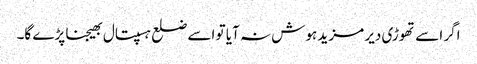
اگر اسے تھوڑی دیر مزید ہوش نہ آیا تو اسے ضلع ہسپتال بھیجنا پڑے گا۔